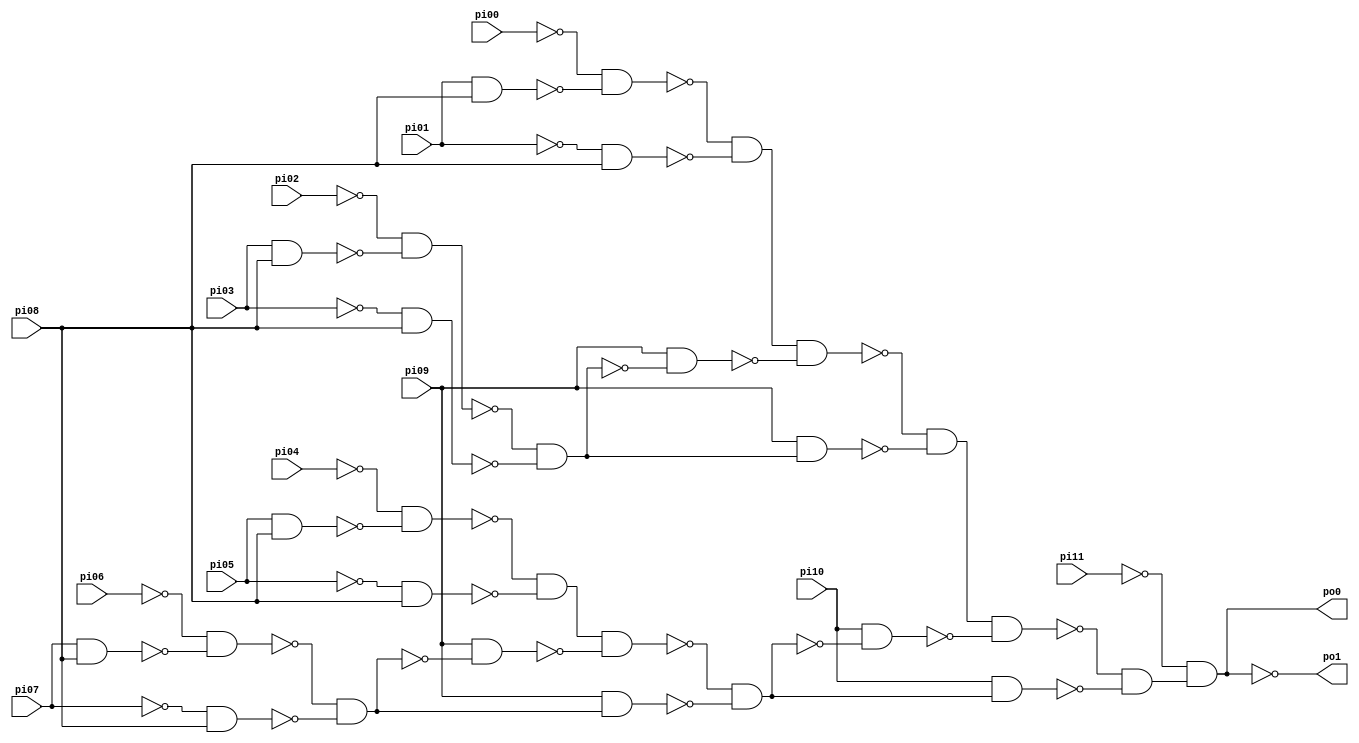
// Benchmark "CM151" written by ABC on Sun Apr 22 21:43:00 2018

module CM151 ( 
    pi00, pi01, pi02, pi03, pi04, pi05, pi06, pi07, pi08, pi09, pi10, pi11,
    po0, po1 );
  input  pi00, pi01, pi02, pi03, pi04, pi05, pi06, pi07, pi08, pi09,
    pi10, pi11;
  output po0, po1;
  wire n15, n16, n17, n18, n19, n20, n21, n22, n23, n24, n25, n26, n27, n28,
    n29, n30, n31, n32, n33, n34, n35, n36, n37, n38, n39, n40, n41, n42;
  assign n15 = pi01 & pi08;
  assign n16 = ~pi00 & ~n15;
  assign n17 = ~pi01 & pi08;
  assign n18 = ~n16 & ~n17;
  assign n19 = pi03 & pi08;
  assign n20 = ~pi02 & ~n19;
  assign n21 = ~pi03 & pi08;
  assign n22 = ~n20 & ~n21;
  assign n23 = pi09 & ~n22;
  assign n24 = n18 & ~n23;
  assign n25 = pi09 & n22;
  assign n26 = ~n24 & ~n25;
  assign n27 = pi05 & pi08;
  assign n28 = ~pi04 & ~n27;
  assign n29 = ~pi05 & pi08;
  assign n30 = ~n28 & ~n29;
  assign n31 = pi07 & pi08;
  assign n32 = ~pi06 & ~n31;
  assign n33 = ~pi07 & pi08;
  assign n34 = ~n32 & ~n33;
  assign n35 = pi09 & ~n34;
  assign n36 = n30 & ~n35;
  assign n37 = pi09 & n34;
  assign n38 = ~n36 & ~n37;
  assign n39 = pi10 & ~n38;
  assign n40 = n26 & ~n39;
  assign n41 = pi10 & n38;
  assign n42 = ~n40 & ~n41;
  assign po0 = ~pi11 & n42;
  assign po1 = ~po0;
endmodule